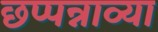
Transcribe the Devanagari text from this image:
छप्पन्नाव्या